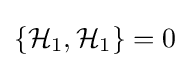
\{{\mathcal {H}}_{1},{\mathcal {H}}_{1}\}=0